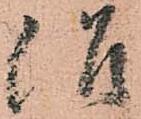
治